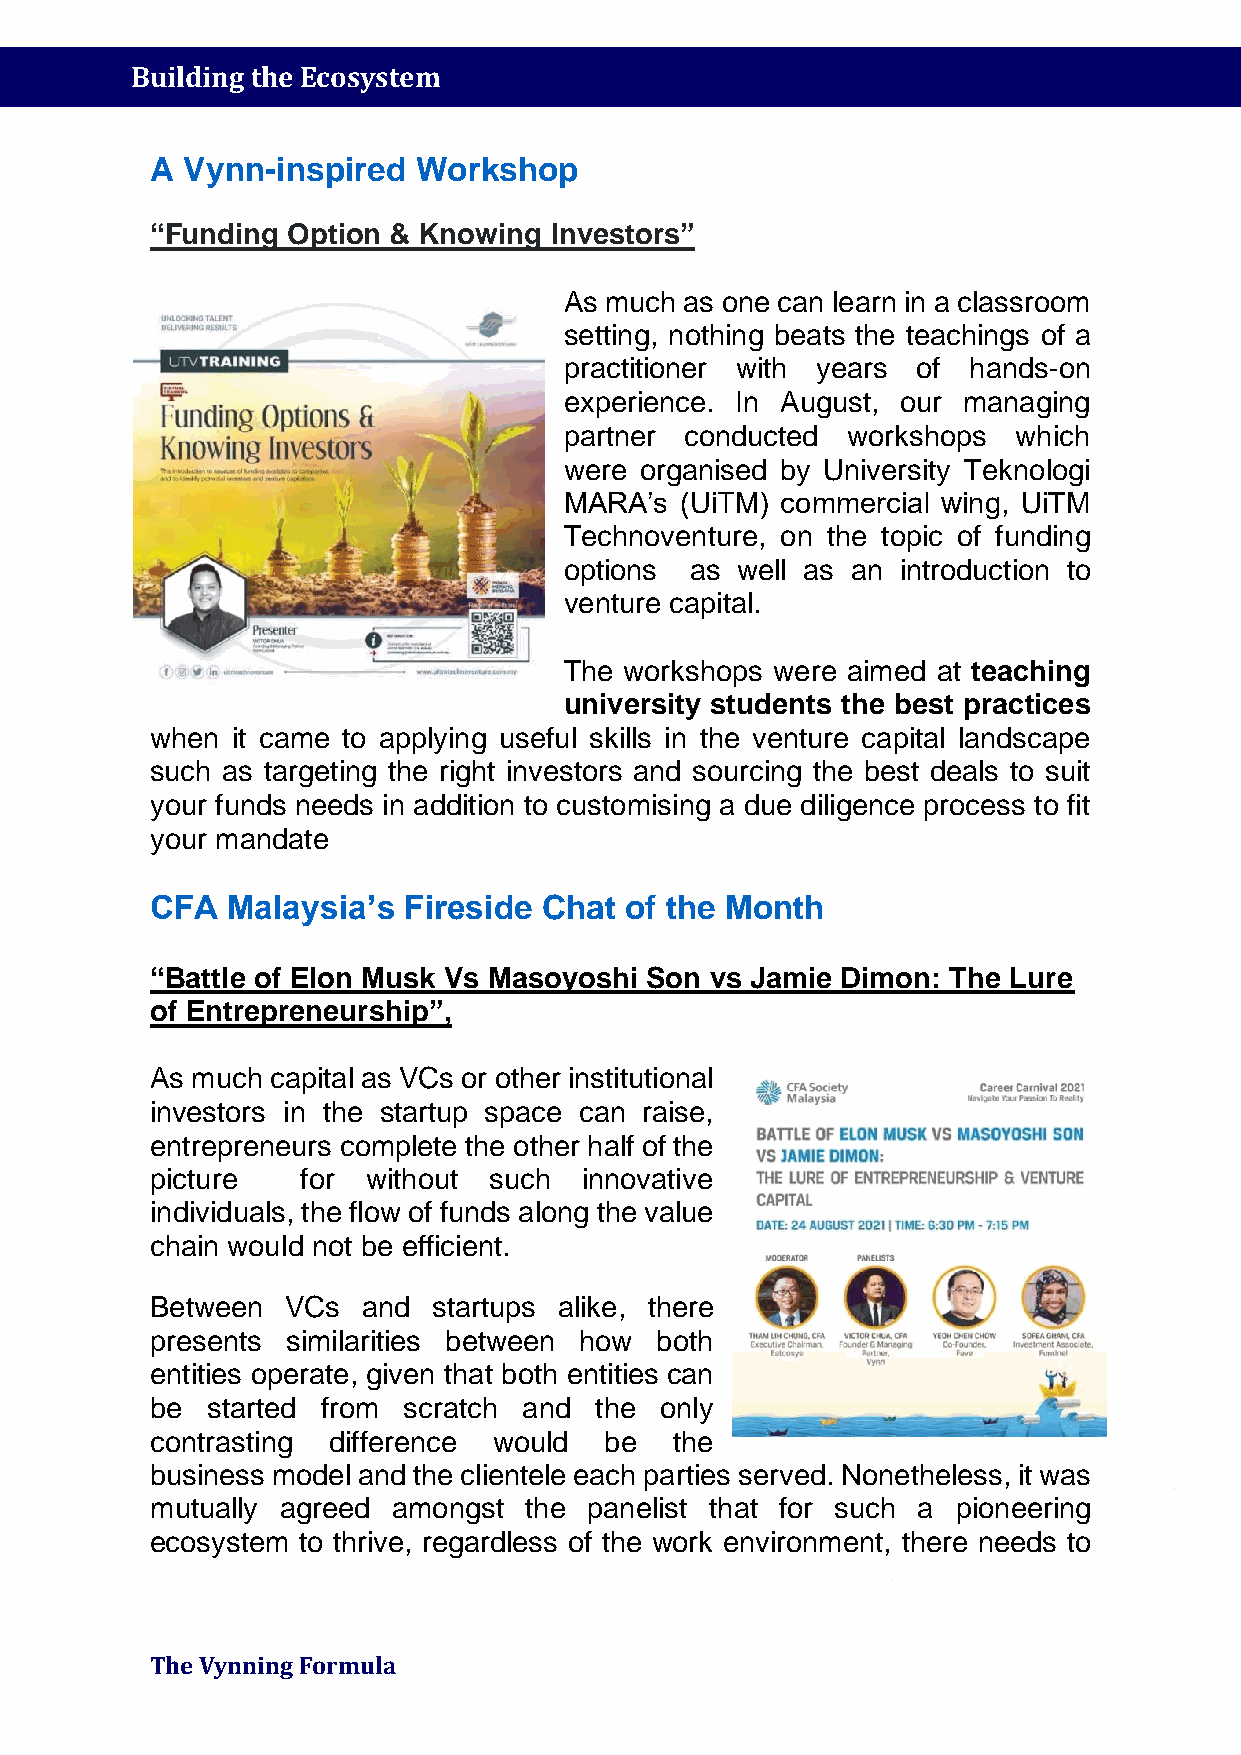
Building the Ecosystem
 A Vynn-inspired   Workshop
 “Funding Option & Knowing Investors”
 As much as one can learn in a classroom
 setting, nothing beats the teachings of a
 practitioner with years of hands-on
 experience. In August, our managing
 partner conducted  workshops  which
 were organised by University Teknologi
 MARA’s  (UiTM) commercial wing, UiTM
 Technoventure, on the topic of funding
 options  as well as an introduction to
 venture capital.
 The workshops were aimed at teaching
 university students the best practices
 when it came to applying useful skills in the venture capital landscape
 such as targeting the right investors and sourcing the best deals to suit
 your funds needs in addition to customising a due diligence process to fit
 your mandate
 CFA  Malaysia’s  Fireside Chat of the Month
 “Battle of Elon Musk Vs Masoyoshi Son vs Jamie Dimon: The Lure
 of Entrepreneurship”,
 As much capital as VCs or other institutional
 investors in the startup space can raise,
 entrepreneurs complete the other half of the
 picture   for without such   innovative
 individuals, the flow of funds along the value
 chain would not be efficient.
 Between  VCs  and  startups alike, there
 presents similarities between how both
 entities operate, given that both entities can
 be  started from scratch and the  only
 contrasting difference would  be  the
 business model and the clientele each parties served. Nonetheless, it was
 mutually agreed amongst  the panelist that for such a pioneering
 ecosystem to thrive, regardless of the work environment, there needs to
 The Vynning Formula